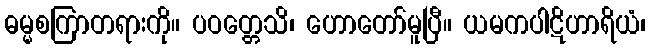
ဓမ္မစကြာတရားကို။ ပဝတ္တေသိ၊ ဟောတော်မူပြီ။ ယမကပါဋိဟာရိယံ၊